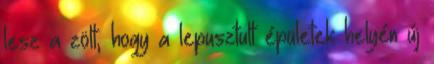
lesz a zölt, hogy a lepusztult épületek helyén új